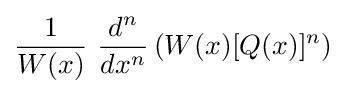
{\frac {1}{W(x)}}\ {\frac {d^{n}}{dx^{n}}}\left(W(x)[Q(x)]^{n}\right)